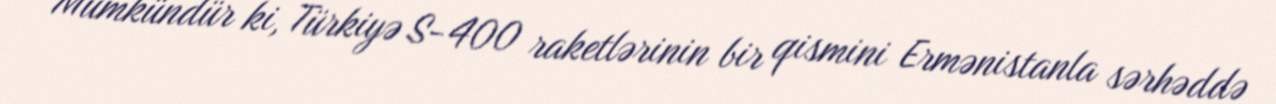
Mümkündür ki, Türkiyə S-400 raketlərinin bir qismini Ermənistanla sərhəddə